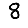
Digit: 8